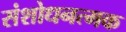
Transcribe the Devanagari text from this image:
संशोधनत्मक